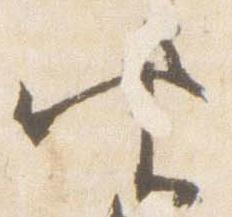
坐